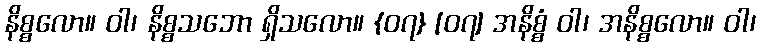
နိစ္စလော။ ဝါ၊ နိစ္စသဘော ရှိသလော။ {၀၇} [၀၇] အနိစ္စံ ဝါ၊ အနိစ္စလော။ ဝါ၊